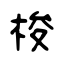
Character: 梭